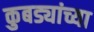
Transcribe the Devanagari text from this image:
कुबड्यांच्या